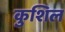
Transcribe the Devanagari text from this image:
कुशिल